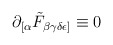
\begin{align*}\partial_{[\alpha}\tilde{F}_{\beta\gamma\delta\epsilon ]} \equiv 0\end{align*}